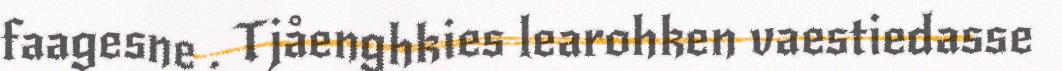
faagesne . Tjåenghkies learohken vaestiedasse